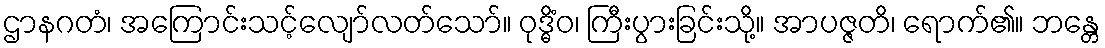
ဌာနဂတံ၊ အကြောင်းသင့်လျော်လတ်သော်။ ဝုဒ္ဓိံဝ၊ ကြီးပွားခြင်းသို့။ အာပဇ္ဇတိ၊ ရောက်၏။ ဘန္တေ